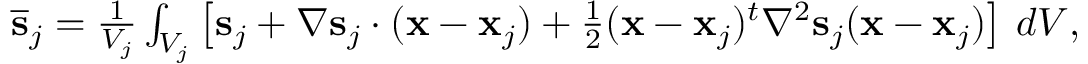
\begin{array} { r } { \overline { { \bf s } } _ { j } = \frac { 1 } { V _ { j } } \int _ { V _ { j } } \left[ { \bf s } _ { j } + \nabla { \bf s } _ { j } \cdot ( { \bf x } - { \bf x } _ { j } ) + \frac { 1 } { 2 } ( { \bf x } - { \bf x } _ { j } ) ^ { t } \nabla ^ { 2 } { \bf s } _ { j } ( { \bf x } - { \bf x } _ { j } ) \right] \, d V , } \end{array}